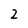
Character: 2